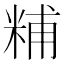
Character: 䊇